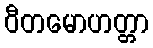
ဝီတမောဟတ္တာ